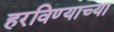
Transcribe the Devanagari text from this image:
हरविण्याच्या